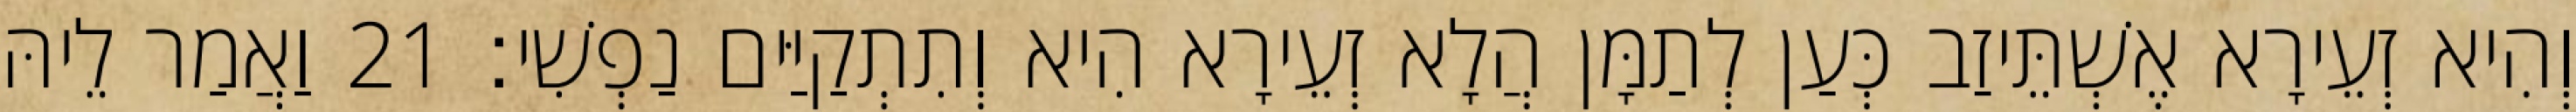
וְהִיא זְעֵירָא אֶשְׁתֵּיזַב כְּעַן לְתַמָּן הֲלָא זְעֵירָא הִיא וְתִתְקַיַּים נַפְשִׁי׃ 21 וַאֲמַר לֵיהּ